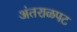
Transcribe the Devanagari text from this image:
अंतराळपट